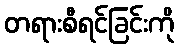
တရားစီရင်ခြင်းကို